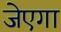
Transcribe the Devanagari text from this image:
जेएगा